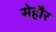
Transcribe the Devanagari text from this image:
सेहौर